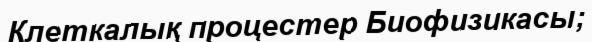
Клеткалық процестер Биофизикасы;